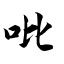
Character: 吡